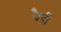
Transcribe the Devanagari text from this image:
झैदी